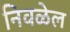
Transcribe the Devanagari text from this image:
निवळेल